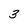
Character: 3